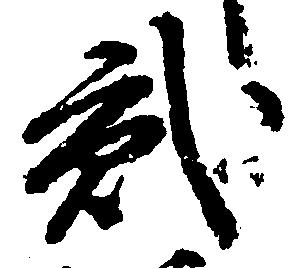
弐